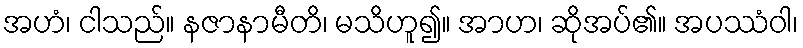
အဟံ၊ ငါသည်။ နဇာနာမီတိ၊ မသိဟူ၍။ အာဟ၊ ဆိုအပ်၏။ အပဿံဝါ၊